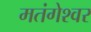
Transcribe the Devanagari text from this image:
मतंगेश्वर